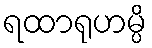
ရထာရုဟမ္ပိ